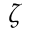
\zeta